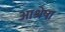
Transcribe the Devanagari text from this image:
आश्रेषा